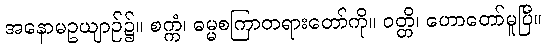
အနောမဥယျာဉ်၌။ စက္ကံ၊ ဓမ္မစကြာတရားတော်ကို။ ဝတ္တိ၊ ဟောတော်မူပြီ။